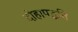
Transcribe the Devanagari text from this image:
दोहापद्धति